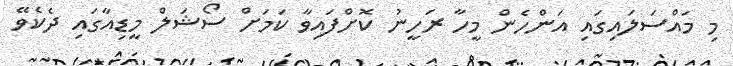
މި މައްސަލައިގައި އަންހެން މީހާ ރަހީނު ކޮށްފައިވާ ކަމަށް ސޯޝަލް މީޑިއާގައި ދެކެވޭ